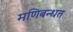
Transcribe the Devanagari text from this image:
मणिबन्धत